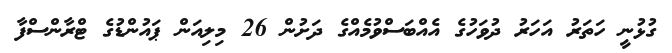
ގުޅުނީ ހަތަރު އަހަރު ދުވަހުގެ އެއްބަސްވުމެއްގެ ދަށުން 26 މިލިއަން ޕައުންޑުގެ ޓްރާންސްފާ